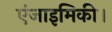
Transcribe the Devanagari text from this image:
एंजाइमिकी।